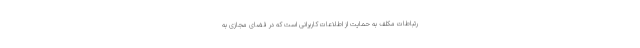
رتباطات مکلف به حمایت از اطلاعات کاربرانی است که در فضای مجازی به